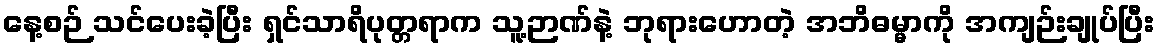
နေ့စဉ် သင်ပေးခဲ့ပြီး ရှင်သာရိပုတ္တရာက သူ့ဉာဏ်နဲ့ ဘုရားဟောတဲ့ အဘိဓမ္မာကို အကျဉ်းချုပ်ပြီး